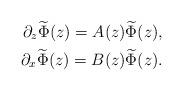
LaTeX: \begin{align*}\partial_z \widetilde\Phi(z) = A(z) \widetilde\Phi(z), \\\partial_x \widetilde\Phi(z) = B(z) \widetilde\Phi(z). \end{align*}